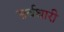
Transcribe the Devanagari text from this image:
सर्वधारी